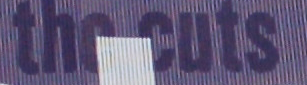
the cuts